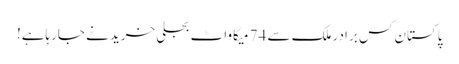
پاکستان کس برادر ملک سے 74 میگاواٹ بجلی خریدنے جارہاہے!